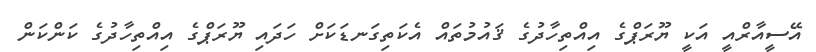
އޭސީއާރްއީ އަކީ ޔޫރަޕްގެ އިއްތިހާދުގެ ޤައުމުތައް އެކަތިގަނޑަކަށް ހަދައި ޔޫރަޕްގެ އިއްތިހާދުގެ ކަންކަން